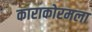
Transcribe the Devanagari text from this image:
काराकोरमला